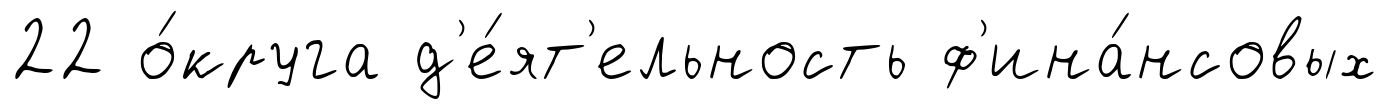
22 о́круга д'е́ят'ельность ф'ина́нсовых